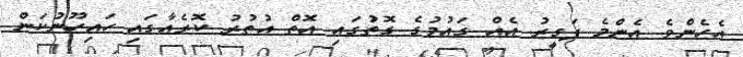
އެހެންވެ އެންމެ ފަގީރު އެއް ގައުމުގެ ގޮތުގައި އޮތް އުތުރު ކޮރެއާގައި ހައިހޫނުކަން